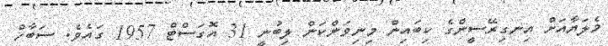
މެލަޔާއަށް އިނގިރޭސީންގެ ކިބައިން މިނިވަންކަން ލިބުނީ 31 އޮގަސްްޓް 1957 ގައެވެ. ސަބާހް